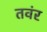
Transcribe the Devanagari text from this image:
तवंर